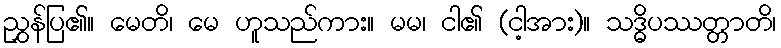
ညွှန်ပြ၏။ မေတိ၊ မေ ဟူသည်ကား။ မမ၊ ငါ၏ (ငါ့အား)။ သဒ္ဓိပဿတ္တာတိ၊